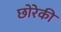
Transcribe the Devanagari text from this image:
छोरेकी